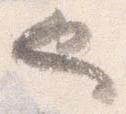
也